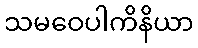
သမဝေပါကိနိယာ